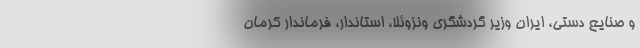
و صنایع دستی، ایران وزیر گردشگری ونزوئلا، استاندار، فرماندار کرمان